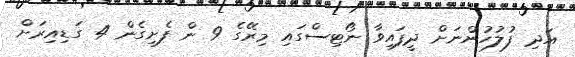
އަދި ފުލުހުންނަށް ދީފައިވާ ނޯޓިސްގައި މިރޭގެ 9 ން ފެށިގެން 4 ގަޑިއިރަށް